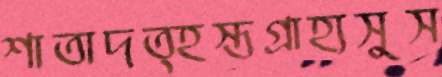
শাতাদত্হস্তগ্রাহ্যসুস